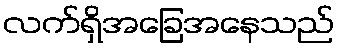
လက်ရှိအခြေအနေသည်